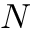
N